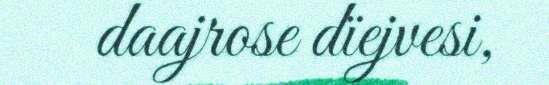
daajrose dïejvesi,